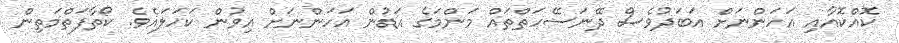
ކޮއްކޮއާއި އަހަންނަށް އަބަދުވެސް ދޭނަސޭހަތްތައް މަންމަގެ އަޑުން އަހަންނަށް އިވުން ކަހަލައެވެ. ކޯތާފަތްމަތިން